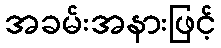
အခမ်းအနားဖြင့်